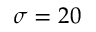
\sigma = 2 0